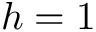
h = 1